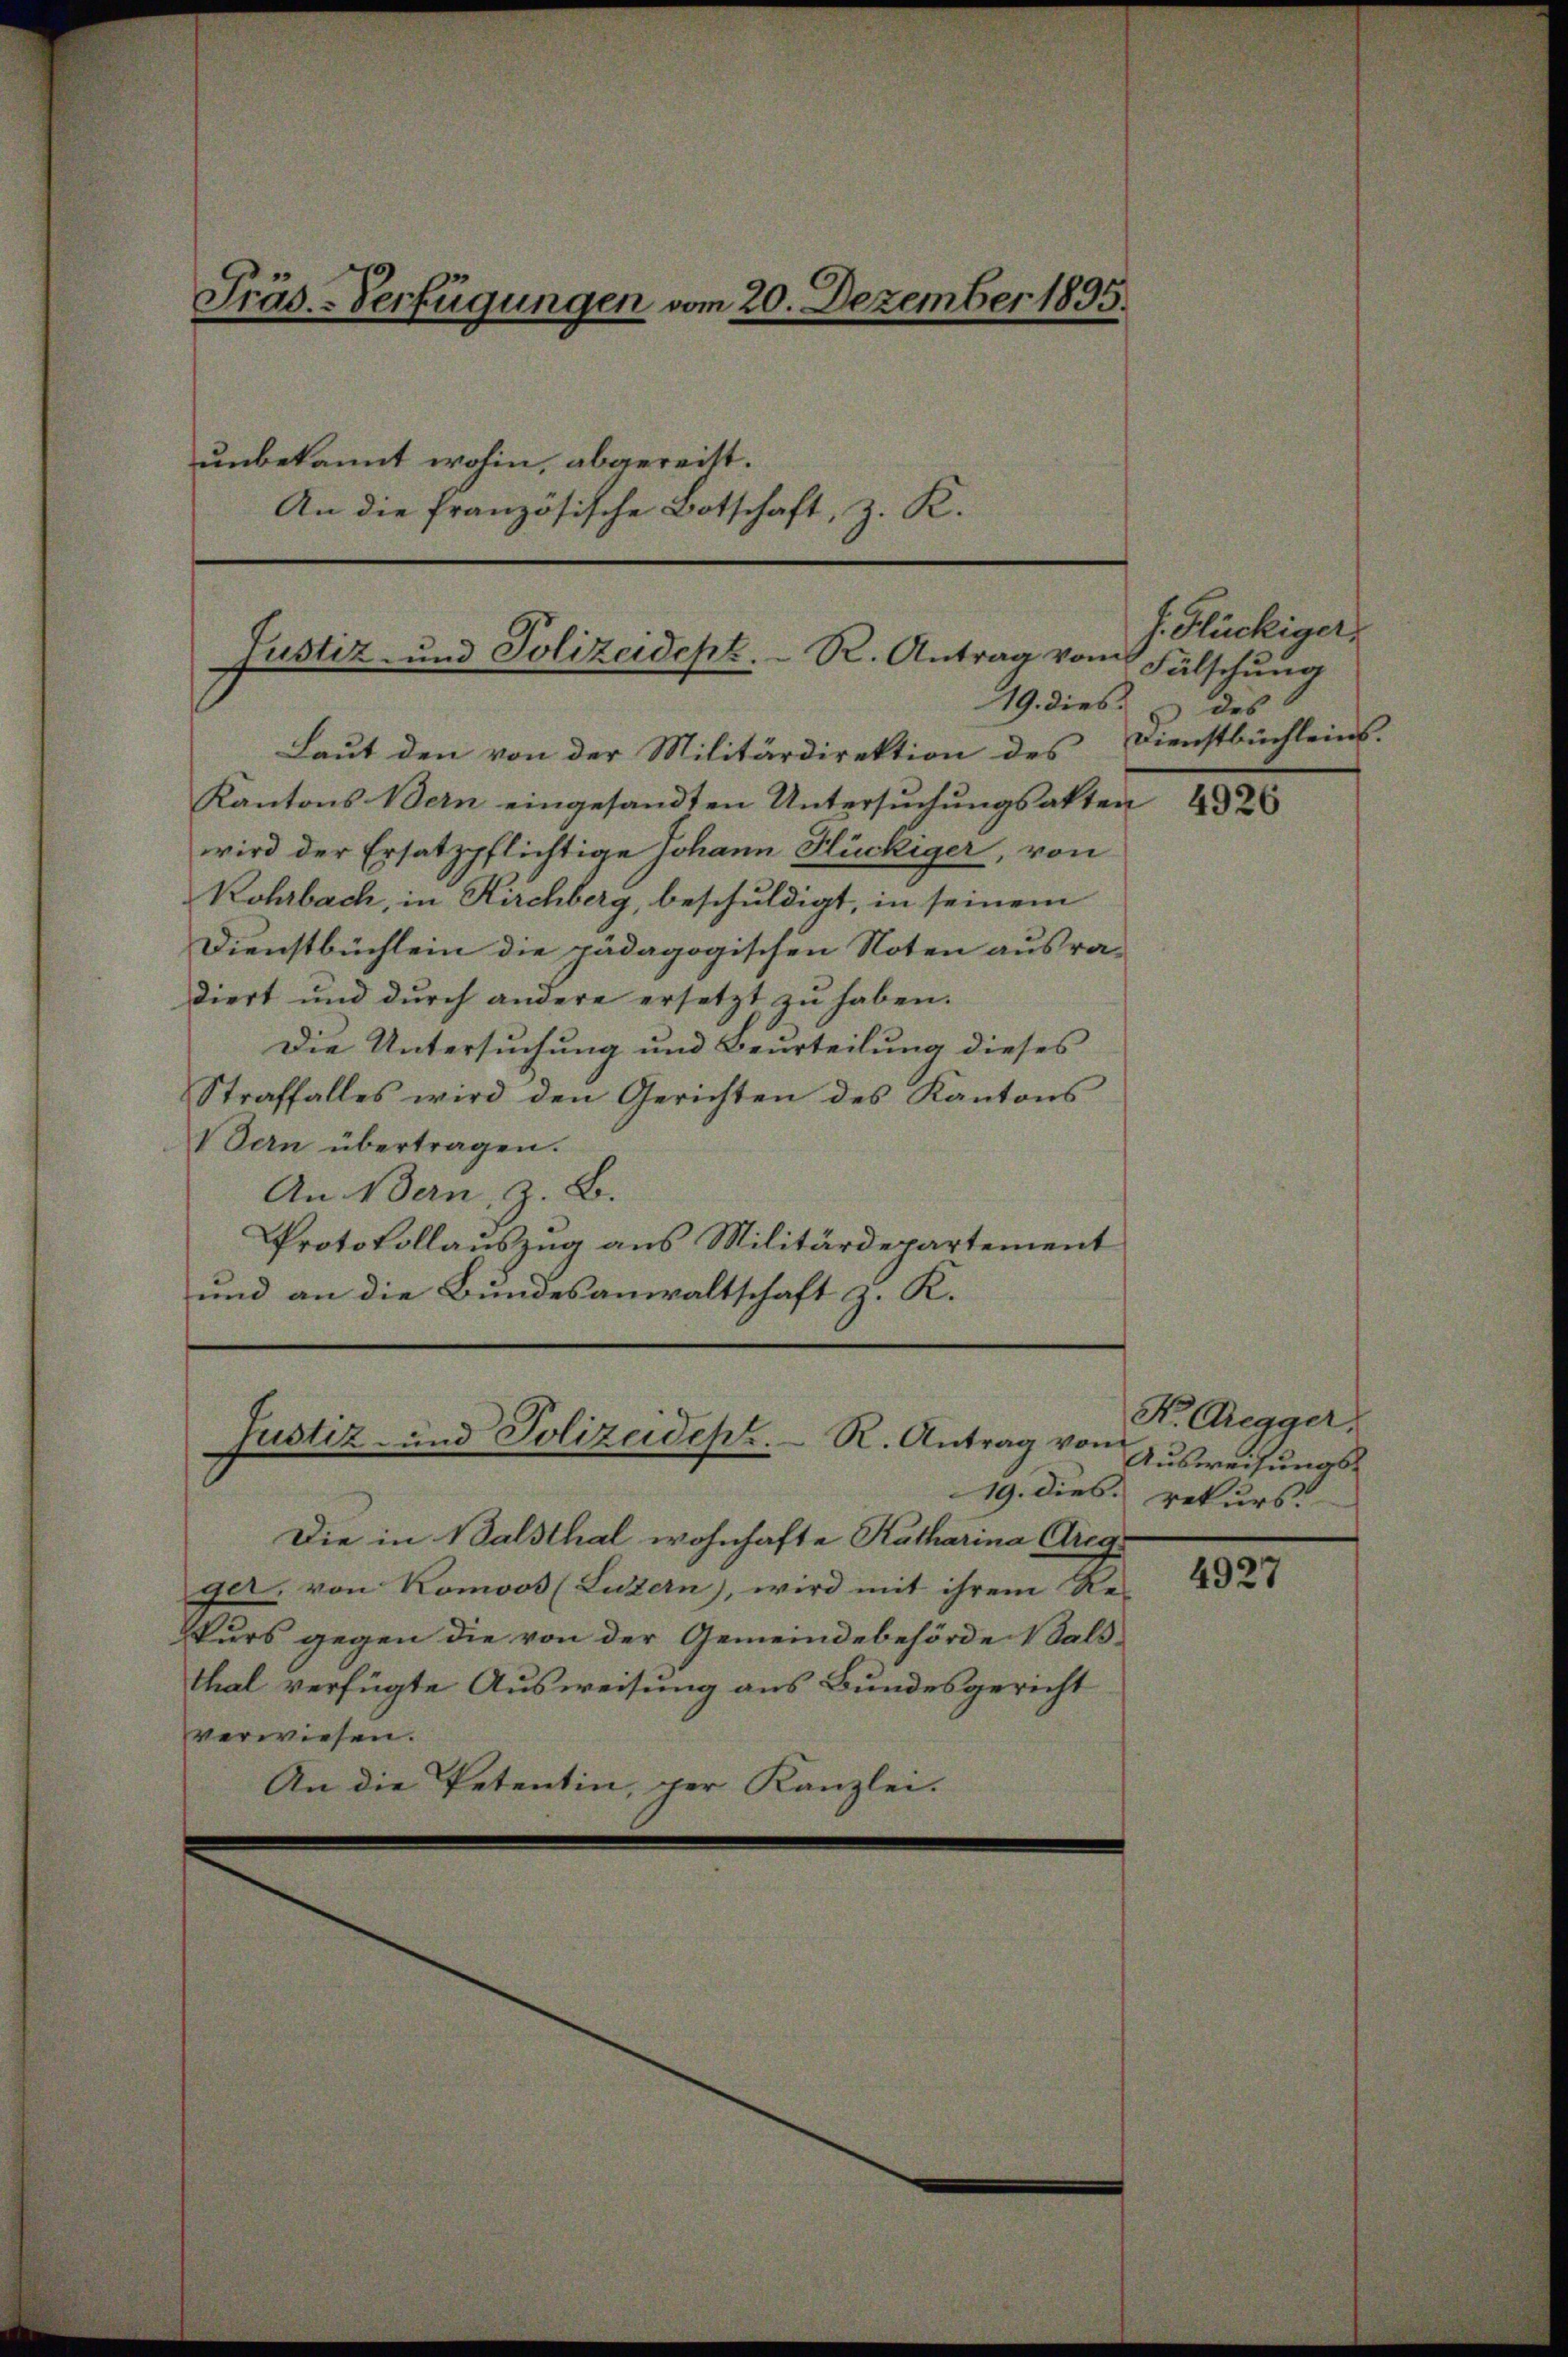
Präs.-Verfügungen vom 20. Dezember 1895.

unbekannt wohin, abgereiht.
An die französische Botschaft, z. K.

Justiz- und Polizeidept. R. Antrag vom
19. dies des |

Justiz- und Polizeidept. R. Antrag von

Laut den von der Militärdirektion des
Kantons Bern eingesandten Untersuchungsakten
wird der Ersatzpflichtige Johann Hückiger, von
Rohrbach, in Kirchberg, beschuldigt, in seinem
Dienstbüchlein die pädagogischen Noten ausra-
diert und durch andere ersetzt zu haben.
Die Untersuchung und Beurteilung dieses
Straffalles wird den Gerichten des Kantons
Bern übertragen.
An Bern, z. B.
Protokollauszug aus Militärdepartement
und an die Bundesanwaltschaft z. K.

Die in Balsthal wohnhafte Katharina Greg
get, von Komoos (Luzern), wird mit ihrem Re-
kurs gegen die von der Gemeindebehörde 1 Sald
thal verfügte Ausweisung aus Bundesgericht
verwiesen.
An die Petentin, per Kanzlei.

s. Flückiger,
Fälschung
Dienstbüchleins.

4926

K. Gregger
Ausweisungs-
19. dies rekurs

4927